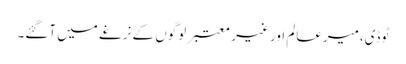
ٹوڈی،میرعالم اور غیر معتبر لوگوں کے نرغے میں آگئے۔